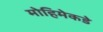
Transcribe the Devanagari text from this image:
मोहिमेकडे